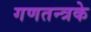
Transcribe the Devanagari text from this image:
गणतन्त्रके